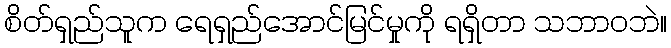
စိတ်ရှည်သူက ရေရှည်အောင်မြင်မှုကို ရရှိတာ သဘာဝဘဲ။